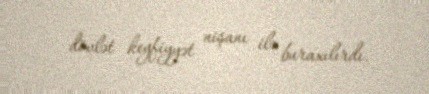
dövlət keyfiyyət nişanı ilə buraxılırdı.